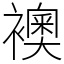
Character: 襖